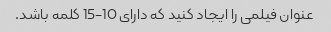
عنوان فیلمی را ایجاد کنید که دارای 10-15 کلمه باشد.